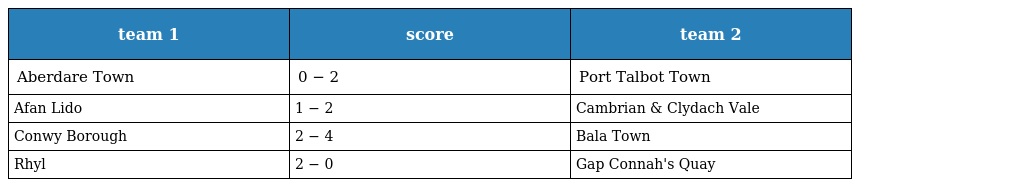
| team 1 | score | team 2 |
 | --- | --- | --- |
 | Aberdare Town | 0 − 2 | Port Talbot Town |
 | Afan Lido | 1 − 2 | Cambrian & Clydach Vale |
 | Conwy Borough | 2 − 4 | Bala Town |
 | Rhyl | 2 − 0 | Gap Connah's Quay |